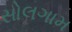
સોલગામ